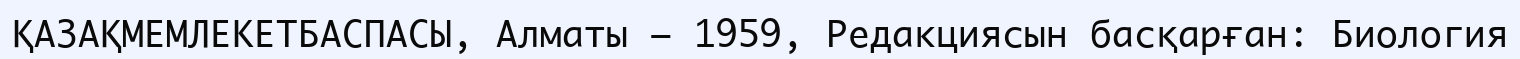
ҚАЗАҚМЕМЛЕКЕТБАСПАСЫ, Алматы — 1959, Редакциясын басқарған: Биология